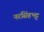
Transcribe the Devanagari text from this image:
नरसिंहभट्ट